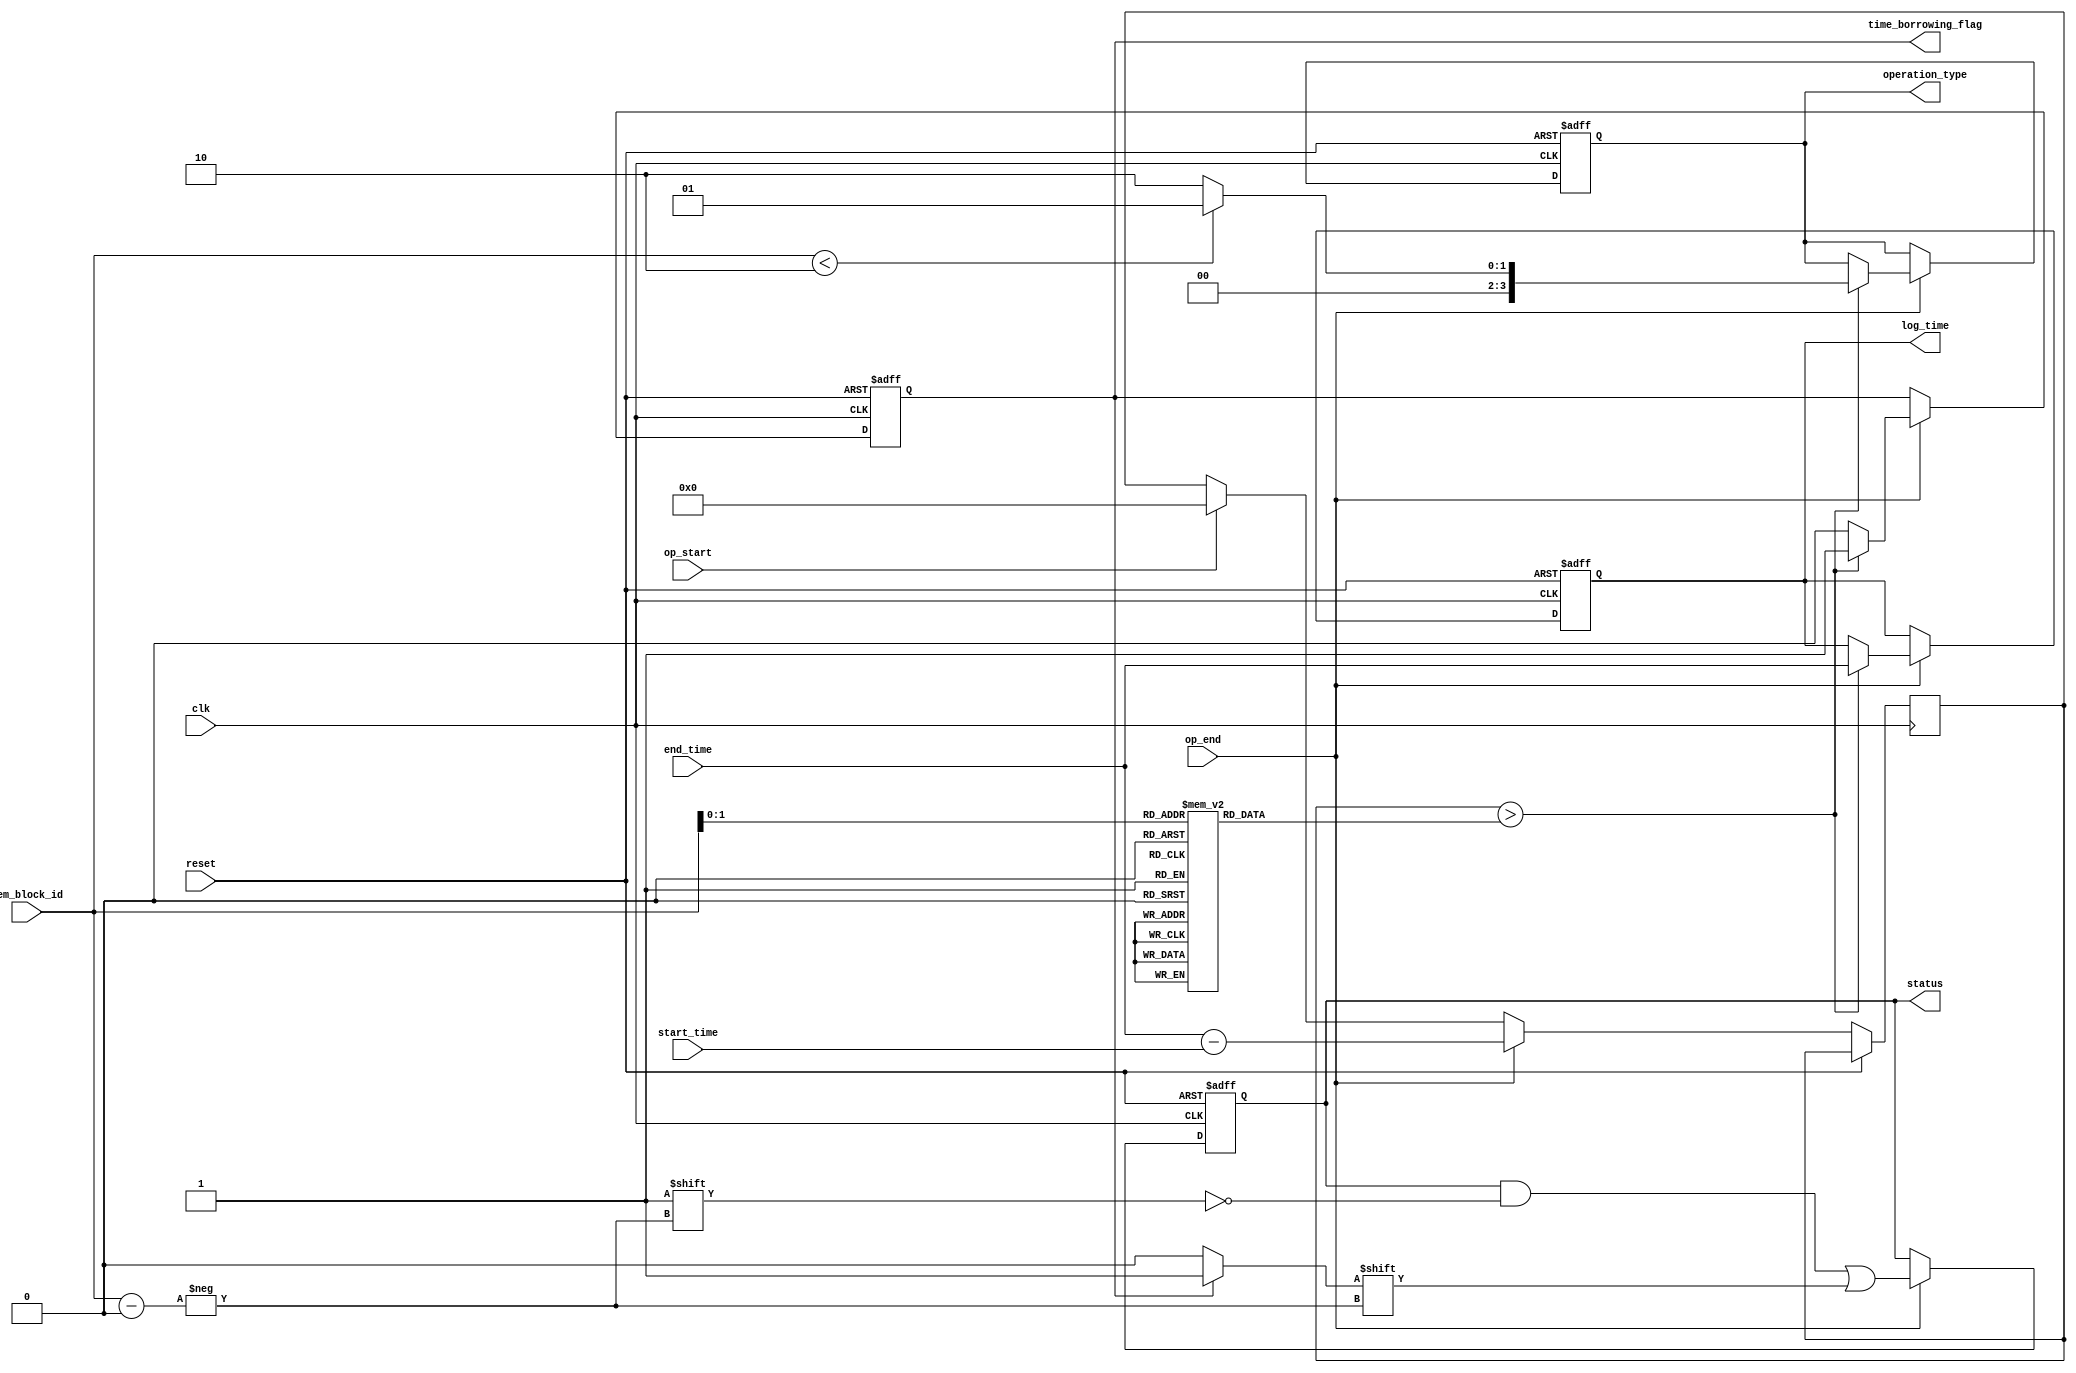
module MemoryBlocksTimeBorrowingDetector(
    input wire clk,                // Clock signal
    input wire reset,              // Reset signal
    input wire [3:0] mem_block_id, // Identifier for memory blocks
    input wire op_start,           // Start of operation signal
    input wire op_end,             // End of operation signal
    input wire [31:0] start_time,  // Start timestamp
    input wire [31:0] end_time,    // End timestamp
    output reg time_borrowing_flag, // Time borrowing detected flag
    output reg [3:0] status,       // Status indicators (for memory blocks)
    output reg [31:0] log_time,     // Log time for the event
    output reg [3:0] operation_type // Type of operation (e.g., read/write)
);

// Timing constraints for memory operations (example values)
parameter MAX_READ_DURATION  = 32'd20;  // Maximum duration for read
parameter MAX_WRITE_DURATION = 32'd15;  // Maximum duration for write

// State variables
reg [31:0] operation_duration;
reg [31:0] timing_constraints [0:3]; // Assuming 4 memory blocks

// Initialization
initial begin
    // Initialize timing constraints for the blocks
    timing_constraints[0] = MAX_READ_DURATION;  // Memory Block 0
    timing_constraints[1] = MAX_WRITE_DURATION; // Memory Block 1
    timing_constraints[2] = MAX_READ_DURATION;  // Memory Block 2
    timing_constraints[3] = MAX_WRITE_DURATION; // Memory Block 3
end

// Reset logic and monitoring of operations
always @(posedge clk or posedge reset) begin
    if (reset) begin
        time_borrowing_flag <= 0;
        status <= 4'b0000; // Reset status indicators
        log_time <= 32'b0; // Clear log time
        operation_type <= 4'b0000; // Clear operation type
    end else begin
        if (op_start) begin
            // Start measuring duration when operation starts
            operation_duration <= 0;
        end

        // If operation ends, calculate duration
        if (op_end) begin
            operation_duration <= end_time - start_time;

            // Check if the duration exceeds the timing constraints
            if (operation_duration > timing_constraints[mem_block_id]) begin
                time_borrowing_flag <= 1; // Set flag for time borrowing
                log_time <= end_time; // Log the time of violation
                operation_type <= (mem_block_id < 2) ? 4'b0001 : 4'b0010; // Example operation type
            end else begin
                time_borrowing_flag <= 0; // Clear flag if within limit
            end
            
            // Update status indicators
            status[mem_block_id] <= (time_borrowing_flag) ? 1'b1 : 1'b0; // Set status for corresponding memory block
        end
    end
end

endmodule